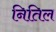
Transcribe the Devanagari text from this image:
नितिल